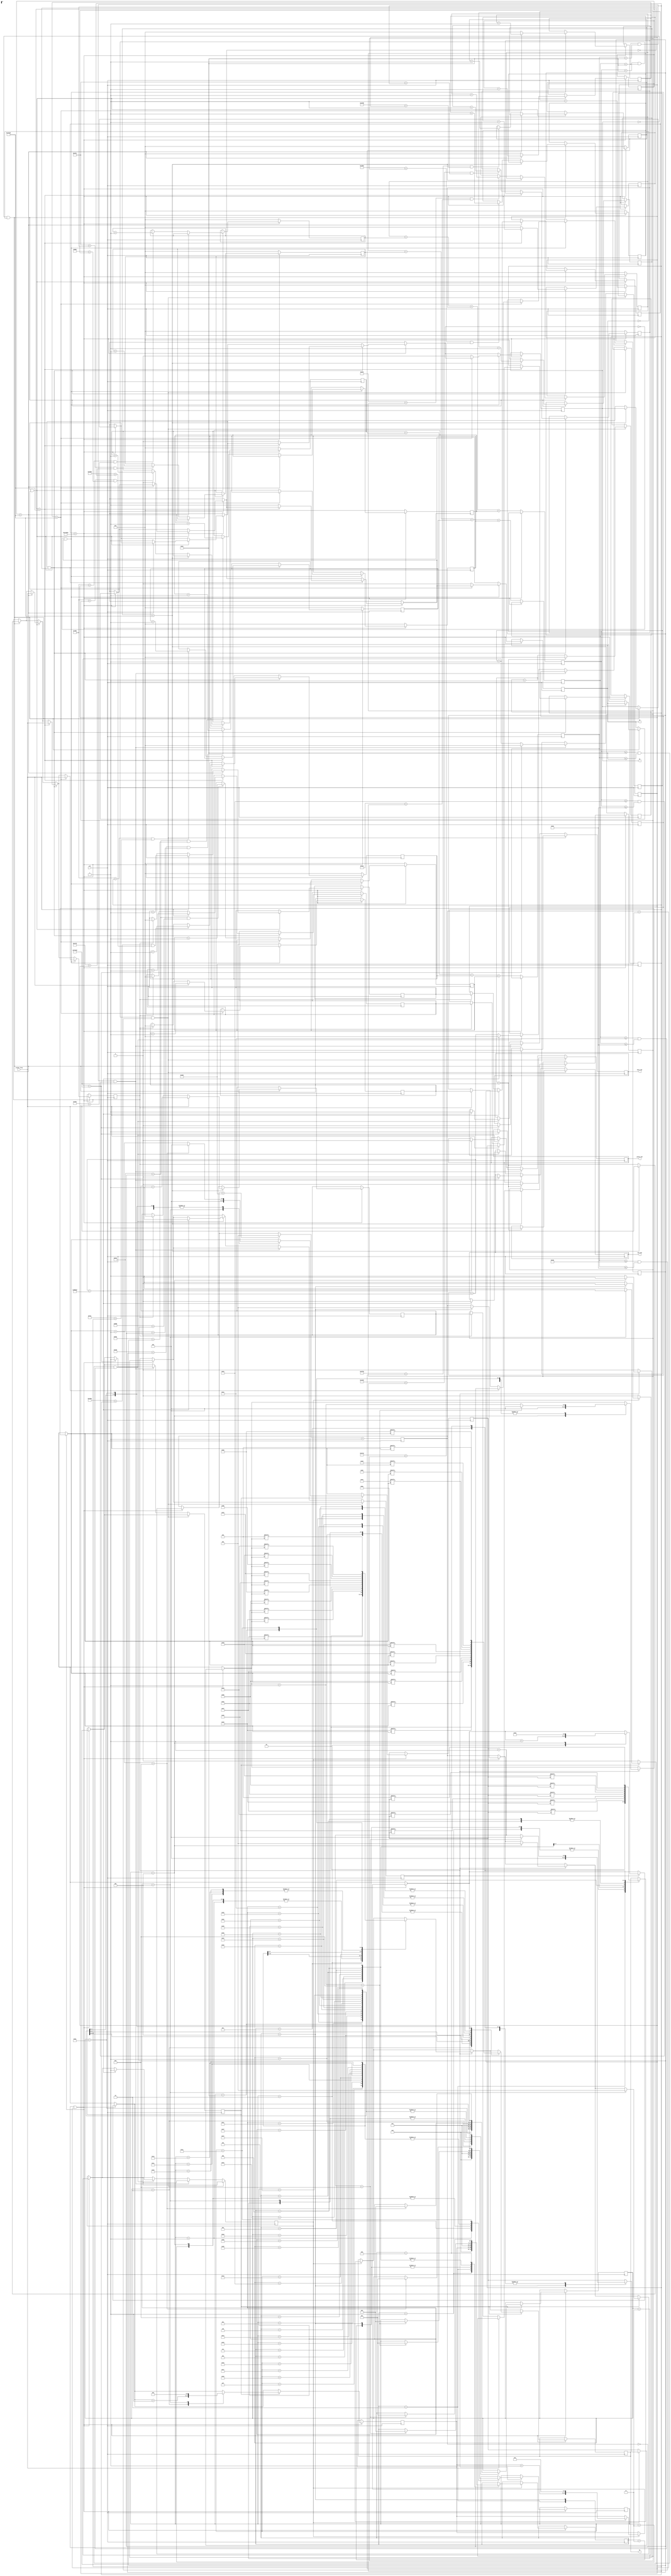
module Line_Follower (

    input clk ,
	 input colour_freq,
	output red_led,
	output blue_led,
	output s2,
	output s3,
	output green_led ,
    output TX  

) ;


reg Tx = 0 ;
assign TX = Tx ;

reg temp_col_freq;
reg [50:0] act_freq_cnt1 = 0;
reg [50:0] cnt_freq_str1 = 0;
reg [50:0] act_freq_cnt2 = 0;
reg [50:0] cnt_freq_str2 = 0;
reg [50:0] act_freq_cnt3 = 0;
reg [50:0] cnt_freq_str3 = 0;
reg [50:0] act_freq_cnt4 = 0;
reg [50:0] cnt_freq_str4 = 0;

reg [50:0] new_act_freq_cnt1 = 0;
reg [50:0] new_act_freq_cnt2 = 0;
reg [50:0] new_act_freq_cnt3 = 0;
reg [50:0] new_act_freq_cnt4 = 0;

reg [50:0] sum = 0;
reg [50:0] avg = 0;
reg s2f = 0;
reg s3f = 0;
assign s2 = s2f;
assign s3 = s3f;
reg rled=0;
reg gled=0;
reg bled=0;
assign red_led = rled;
assign green_led =gled;
assign blue_led = bled;
reg [50:0] COUNT_RED = 0;
reg [50:0] COUNT_GREEN = 0;
reg [50:0] COUNT_BLUE = 0;

reg [50:0] count_1 = 0;
reg [50:0] count_2 = 0;
reg [50:0] count_3 = 0;
reg [50:0] count_4 = 0;
reg [50:0] final_val1 = 0;
reg [50:0] final_val2= 0;
reg [50:0] final_val3= 0;
reg [50:0] final_val4= 0;
reg [50:0] check_counter1r= 0;
reg [50:0] check_counter2r= 0;
reg [50:0] check_counter3r= 0;
reg [50:0] check_counter4r= 0;
reg [50:0] check_counter1g= 0;
reg [50:0] check_counter2g= 0;
reg [50:0] check_counter3g= 0;
reg [50:0] check_counter4g= 0;
reg [50:0] check_counter1b= 0;
reg [50:0] check_counter2b= 0;
reg [50:0] check_counter3b= 0;
reg [50:0] check_counter4b= 0;

reg [50:0] red_delay= 0;
reg [50:0] blue_delay= 0;
reg [50:0] green_delay= 0;
reg [50:0] global_count = 0;

localparam 
				idle            =  1,
				start           =  2,
				stop            =  3,
				terminate       =  4,

// Identification 

				G_letter1        =  5,
            B_letter1        =  6,
				I_letter1        =  7,
				Number_2_letter1 =  8,
				Dash_letter_11   =  9,
            W_letter1        =  10,				
				Dash_letter_21   =  11,
				Hash_letter1      =  12,
            Null_letter1      =  13,

// Pick  Message 

            G_letter2        =  14,
            B_letter2        =  15,
				Number_2_letter2 =  16,
				Dash_letter_12   =  17,
            W_letter2        =  18,				
				Dash_letter_22   =  19,
            P_letter         =  20,
            I_letter2         =  21,
			   C_letter         =  22,
            K_letter         =  23,
				Dash_letter_32   =  24,
				Hash_letter2      =  25,
				Null_letter2      =  26,

// Dump  Message 

            G_letter3        =  27,
            B_letter3        =  28,
				Number_2_letter3 =  29,
				Dash_letter_13   =  30,
            W_letter3        =  31,				
				Dash_letter_23   =  32,
            G_letter4        =  33,
            D_letter1         =  34,
			   Z_letter         =  35,
            C_letter2        =  36,
				Dash_letter_33   =  37,
            D_letter2         =  38,
            U_letter         =  39,
			   M_letter         =  40,
            P_letter2        =  41,
            Null_letter3      =  42;
				

reg [10:0]counter     = 0    ; 				

reg [8:0] cs_uart     = idle ;
reg [8:0] cf_uart     = idle ;
reg [8:0] ct_uart     = idle ;

reg [8:0]data        = 5    ;
reg [8:0]bit_counter = 0    ;


reg [7:0]g_letter       = 8'b01000111 ;  // 103 ----> G +
reg [7:0]b_letter       = 8'b01000010 ;  // 98        B +   
reg [7:0]i_letter       = 8'b01001001 ;  // 105       I + 
reg [7:0]letter_2       = 8'b00110010 ;  // 50        2
reg [7:0]dash_letter    = 8'b00101101 ;  // 45        -
reg [7:0]w_letter       = 8'b01011000 ;  // 119       W
reg [7:0]hash_letter    = 8'b00100011 ;  // 35        #
reg [7:0]p_letter       = 8'b01010000 ;  // 112       P
reg [7:0]c_letter       = 8'b01000011 ;  // 99        C
reg [7:0]k_letter       = 8'b01001011 ;  // 107       K
reg [7:0]d_letter       = 8'b01000100 ;  // 100       D
reg [7:0]z_letter       = 8'b01011010 ;  // 122       Z
reg [7:0]u_letter       = 8'b01010101 ;  // 117       U
reg [7:0]m_letter       = 8'b01001101 ;  // 109       M
reg [7:0]null_letter    = 8'b00000000 ;  // 00        NULL 


reg flag_identification = 1 ;
reg flag_pickup = 0 ;
reg flag_dump = 0 ;

always @ ( posedge clk )
begin

if (counter == 0 || counter == 9'b110110010 )
    begin 

if (flag_identification == 1)

begin 
    case (cs_uart)

    			idle :
    					begin 
    					Tx = 1 ;
    					cs_uart = start ;
    					end 
    
    			start : 
    					 begin 
    					 Tx = 0 ;
    					 cs_uart = data ;
    					 data = data + 1 ;
    					 end 
    
    			stop :
    					 begin 
    					 Tx = 1 ;
    					 cs_uart = idle ;
    					 end 
    
    			terminate :
    						begin 
    						Tx = 1 ;
    						counter = 9'b00 ; 	
    						cs_uart = idle ;	
    						data = 14 ;
    						bit_counter = 4'b00 ;
							flag_identification = 0 ;
//                     flag_pickup = 1 ;
    						end 
    
    			G_letter1 :
    						begin 
    						Tx = g_letter[bit_counter] ;
    						bit_counter = bit_counter + 1 ;
    						if (bit_counter == 4'b1000)
    						begin 
    						bit_counter = 0 ;
    						cs_uart = stop  ;
    						end 
    						end 

                B_letter1 :
    						begin 
    						Tx = b_letter[bit_counter] ;
    						bit_counter = bit_counter + 1 ;
    						if (bit_counter == 4'b1000)
    						begin 
    						bit_counter = 0 ;
    						cs_uart = stop  ;
    						end 
    						end 

                I_letter1 :
    						begin 
    						Tx = i_letter[bit_counter] ;
    						bit_counter = bit_counter + 1 ;
    						if (bit_counter == 4'b1000)
    						begin 
    						bit_counter = 0 ;
    						cs_uart = stop  ;
    						end 
    						end 

                Number_2_letter1 :
    						begin 
    						Tx = letter_2[bit_counter] ;
    						bit_counter = bit_counter + 1 ;
    						if (bit_counter == 4'b1000)
    						begin 
    						bit_counter = 0 ;
    						cs_uart = stop  ;
    						end 
    						end 

                Dash_letter_11 :
    						begin 
    						Tx = dash_letter[bit_counter] ;
    						bit_counter = bit_counter + 1 ;
    						if (bit_counter == 4'b1000)
    						begin 
    						bit_counter = 0 ;
    						cs_uart = stop  ;
    						end 
    						end 

                W_letter1 :
    						begin 
    						Tx = w_letter[bit_counter] ;
    						bit_counter = bit_counter + 1 ;
    						if (bit_counter == 4'b1000)
    						begin 
    						bit_counter = 0 ;
    						cs_uart = stop  ;
    						end 
    						end 

                Dash_letter_21 :
    						begin 
    						Tx = dash_letter[bit_counter] ;
    						bit_counter = bit_counter + 1 ;
    						if (bit_counter == 4'b1000)
    						begin 
    						bit_counter = 0 ;
    						cs_uart = stop  ;
    						end 
    						end 

                Hash_letter1 :
    						begin 
    						Tx = hash_letter[bit_counter] ;
    						bit_counter = bit_counter + 1 ;
    						if (bit_counter == 4'b1000)
    						begin 
    						bit_counter = 0 ;
    						cs_uart = stop  ;
    						end 
    						end 


                Null_letter1 :
    						begin 
    						Tx = null_letter[bit_counter] ;
    						bit_counter = bit_counter + 1 ;
    						if (bit_counter == 4'b1000)
    						begin 
    						bit_counter = 0 ;
    						cs_uart = terminate  ;

    						end 
    						end 

    endcase 
end



if (flag_pickup == 1)

begin 
    case (cf_uart)

    			idle :
    					begin 
    					Tx = 1 ;
    					cf_uart = start ;
    					end 
    
    			start : 
    					 begin 
    					 Tx = 0 ;
    					 cf_uart = data ;
    					 data = data + 1 ;
    					 end 
    
    			stop :
    					 begin 
    					 Tx = 1 ;
    					 cf_uart = idle ;
    					 end 
    
    			terminate :
    						begin 
    						Tx = 1 ;
    						counter = 9'b00 ; 	
    						cf_uart = idle ;	
    						data = 27;
    						bit_counter = 4'b00 ;
							flag_pickup = 0 ;
//                     flag_dump = 1 ;
    						end 
    
    			G_letter2 :
    						begin 
    						Tx = g_letter[bit_counter] ;
    						bit_counter = bit_counter + 1 ;
    						if (bit_counter == 4'b1000)
    						begin 
    						bit_counter = 0 ;
    						cf_uart = stop  ;
    						end 
    						end 

                B_letter2 :
    						begin 
    						Tx = b_letter[bit_counter] ;
    						bit_counter = bit_counter + 1 ;
    						if (bit_counter == 4'b1000)
    						begin 
    						bit_counter = 0 ;
    						cf_uart = stop  ;
    						end 
    						end 


                Number_2_letter2 :
    						begin 
    						Tx = letter_2[bit_counter] ;
    						bit_counter = bit_counter + 1 ;
    						if (bit_counter == 4'b1000)
    						begin 
    						bit_counter = 0 ;
    						cf_uart = stop  ;
    						end 
    						end 

                Dash_letter_12 :
    						begin 
    						Tx = dash_letter[bit_counter] ;
    						bit_counter = bit_counter + 1 ;
    						if (bit_counter == 4'b1000)
    						begin 
    						bit_counter = 0 ;
    						cf_uart = stop  ;
    						end 
    						end 

                W_letter2 :
    						begin 
    						Tx = w_letter[bit_counter] ;
    						bit_counter = bit_counter + 1 ;
    						if (bit_counter == 4'b1000)
    						begin 
    						bit_counter = 0 ;
    						cf_uart = stop  ;
    						end 
    						end 

                Dash_letter_22 :
    						begin 
    						Tx = dash_letter[bit_counter] ;
    						bit_counter = bit_counter + 1 ;
    						if (bit_counter == 4'b1000)
    						begin 
    						bit_counter = 0 ;
    						cf_uart = stop  ;
    						end 
    						end 

                P_letter :
    						begin 
    						Tx = p_letter[bit_counter] ;
    						bit_counter = bit_counter + 1 ;
    						if (bit_counter == 4'b1000)
    						begin 
    						bit_counter = 0 ;
    						cf_uart = stop  ;
    						end 
    						end 



                I_letter2 :
    						begin 
    						Tx = i_letter[bit_counter] ;
    						bit_counter = bit_counter + 1 ;
    						if (bit_counter == 4'b1000)
    						begin 
    						bit_counter = 0 ;
    						cf_uart = stop  ;
    						end 
    						end 


                    
                C_letter :
    						begin 
    						Tx = c_letter[bit_counter] ;
    						bit_counter = bit_counter + 1 ;
    						if (bit_counter == 4'b1000)
    						begin 
    						bit_counter = 0 ;
    						cf_uart = stop  ;
    						end 
    						end 




                K_letter :
    						begin 
    						Tx = k_letter[bit_counter] ;
    						bit_counter = bit_counter + 1 ;
    						if (bit_counter == 4'b1000)
    						begin 
    						bit_counter = 0 ;
    						cf_uart = stop  ;
    						end 
    						end 




                Dash_letter_32 :
    						begin 
    						Tx = dash_letter[bit_counter] ;
    						bit_counter = bit_counter + 1 ;
    						if (bit_counter == 4'b1000)
    						begin 
    						bit_counter = 0 ;
    						cf_uart = stop  ;
    						end 
    						end 



                Hash_letter2 :
    						begin 
    						Tx = hash_letter[bit_counter] ;
    						bit_counter = bit_counter + 1 ;
    						if (bit_counter == 4'b1000)
    						begin 
    						bit_counter = 0 ;
    						cf_uart = stop  ;
    						end 
    						end 



                Null_letter2 :
    						begin 
    						Tx = null_letter[bit_counter] ;
    						bit_counter = bit_counter + 1 ;
    						if (bit_counter == 4'b1000)
    						begin 
    						bit_counter = 0 ;
    						cf_uart = terminate  ;

    						end 
    						end 

    endcase 
end



if (flag_dump == 1)
begin 
    case (ct_uart)

    			idle :
    					begin 
    					Tx = 1 ;
    					ct_uart = start ;
    					end 
    
    			start : 
    					 begin 
    					 Tx = 0 ;
    					 ct_uart = data ;
    					 data = data + 1 ;
    					 end 
    
    			stop :
    					 begin 
    					 Tx = 1 ;
    					 ct_uart = idle ;
    					 end 
    
    			terminate :
    						begin 
    						Tx = 1 ;
    						counter = 9'b00 ; 	
    						ct_uart = idle ;	
    						data = 5;
    						bit_counter = 4'b00 ;
							flag_dump = 0 ;
//                     flag_identification = 1 ;
    						end 
    
    			G_letter3 :
    						begin 
    						Tx = g_letter[bit_counter] ;
    						bit_counter = bit_counter + 1 ;
    						if (bit_counter == 4'b1000)
    						begin 
    						bit_counter = 0 ;
    						ct_uart = stop  ;
    						end 
    						end 

                B_letter3 :
    						begin 
    						Tx = b_letter[bit_counter] ;
    						bit_counter = bit_counter + 1 ;
    						if (bit_counter == 4'b1000)
    						begin 
    						bit_counter = 0 ;
    						ct_uart = stop  ;
    						end 
    						end 


                Number_2_letter3 :
    						begin 
    						Tx = letter_2[bit_counter] ;
    						bit_counter = bit_counter + 1 ;
    						if (bit_counter == 4'b1000)
    						begin 
    						bit_counter = 0 ;
    						ct_uart = stop  ;
    						end 
    						end 


                Dash_letter_13 :
    						begin 
    						Tx = dash_letter[bit_counter] ;
    						bit_counter = bit_counter + 1 ;
    						if (bit_counter == 4'b1000)
    						begin 
    						bit_counter = 0 ;
    						ct_uart = stop  ;
    						end 
    						end 

                W_letter3 :
    						begin 
    						Tx = w_letter[bit_counter] ;
    						bit_counter = bit_counter + 1 ;
    						if (bit_counter == 4'b1000)
    						begin 
    						bit_counter = 0 ;
    						ct_uart = stop  ;
    						end 
    						end 

                Dash_letter_23 :
    						begin 
    						Tx = dash_letter[bit_counter] ;
    						bit_counter = bit_counter + 1 ;
    						if (bit_counter == 4'b1000)
    						begin 
    						bit_counter = 0 ;
    						ct_uart = stop  ;
    						end 
    						end 

                G_letter4 :
    						begin 
    						Tx = g_letter[bit_counter] ;
    						bit_counter = bit_counter + 1 ;
    						if (bit_counter == 4'b1000)
    						begin 
    						bit_counter = 0 ;
    						ct_uart = stop  ;
    						end 
    						end 



                D_letter1 :
    						begin 
    						Tx = d_letter[bit_counter] ;
    						bit_counter = bit_counter + 1 ;
    						if (bit_counter == 4'b1000)
    						begin 
    						bit_counter = 0 ;
    						ct_uart = stop  ;
    						end 
    						end 


                    
                Z_letter :
    						begin 
    						Tx = z_letter[bit_counter] ;
    						bit_counter = bit_counter + 1 ;
    						if (bit_counter == 4'b1000)
    						begin 
    						bit_counter = 0 ;
    						ct_uart = stop  ;
    						end 
    						end 




                C_letter2 :
    						begin 
    						Tx = c_letter[bit_counter] ;
    						bit_counter = bit_counter + 1 ;
    						if (bit_counter == 4'b1000)
    						begin 
    						bit_counter = 0 ;
    						ct_uart = stop  ;
    						end 
    						end 




                Dash_letter_33 :
    						begin 
    						Tx = dash_letter[bit_counter] ;
    						bit_counter = bit_counter + 1 ;
    						if (bit_counter == 4'b1000)
    						begin 
    						bit_counter = 0 ;
    						ct_uart = stop  ;
    						end 
    						end 



                D_letter2 :
    						begin 
    						Tx = d_letter[bit_counter] ;
    						bit_counter = bit_counter + 1 ;
    						if (bit_counter == 4'b1000)
    						begin 
    						bit_counter = 0 ;
    						ct_uart = stop  ;
    						end 
    						end 

                
                U_letter :
    						begin 
    						Tx = u_letter[bit_counter] ;
    						bit_counter = bit_counter + 1 ;
    						if (bit_counter == 4'b1000)
    						begin 
    						bit_counter = 0 ;
    						ct_uart = stop  ;
    						end 
    						end 


                M_letter :
    						begin 
    						Tx = m_letter[bit_counter] ;
    						bit_counter = bit_counter + 1 ;
    						if (bit_counter == 4'b1000)
    						begin 
    						bit_counter = 0 ;
    						ct_uart = stop  ;
    						end 
    						end 

                P_letter2 :
    						begin 
    						Tx = p_letter[bit_counter] ;
    						bit_counter = bit_counter + 1 ;
    						if (bit_counter == 4'b1000)
    						begin 
    						bit_counter = 0 ;
    						ct_uart = stop  ;
    						end 
    						end 


                Null_letter3 :
    						begin 
    						Tx = null_letter[bit_counter] ;
    						bit_counter = bit_counter + 1 ;
    						if (bit_counter == 4'b1000)
    						begin 
    						bit_counter = 0 ;
    						ct_uart = terminate  ;

    						end 
    						end 

    endcase 
 end
end

if (counter == 9'b110110010)
begin
	counter = 9'b0 ;
end 
counter = counter + 1 ;

 //& (avg>4600 & avg<5200)
	if (COUNT_GREEN <25  & COUNT_BLUE< 25 & (COUNT_RED>=385  & COUNT_RED <= 64) )
		begin
		red_delay = red_delay+1;
		if (red_delay == 1000000) begin
			red_delay = 0;
			rled = 1;
			gled = 0;
			bled = 0;
		end
		end
		//& (avg>3100 & avg<3500)
		else if (COUNT_BLUE < 25  &  COUNT_RED < 25 & (COUNT_GREEN>=35  & COUNT_GREEN <= 64))
		begin
		green_delay = green_delay+1;
		if (green_delay == 1000000) begin
			green_delay = 0;
			rled = 0;
			gled = 1;
			bled = 0;
			flag_dump = 1;
		end
		end
	///(avg>5000 & avg<5210)	
		else if (COUNT_GREEN <= 25   & COUNT_RED <= 25 & (COUNT_BLUE>=30 & COUNT_BLUE <= 64))
		begin
		blue_delay = blue_delay+1;
		if (blue_delay == 900000) begin
			blue_delay = 0;
			rled = 0;
    			gled = 0;
    			bled = 1;
				flag_identification = 1;
				flag_pickup = 1;

    		end
    		end

end

always @ (posedge clk )
begin

// starting global count for generating 16 sample values for each filter and checking there occurances wrt to the given range of each colour
if (global_count <5000000 ) begin
	if (s2f ==0 & s3f == 0 ) begin
		if (count_1 < 78125)begin
			temp_col_freq <= colour_freq;
			if (colour_freq)
				cnt_freq_str1 <= cnt_freq_str1 + 1;
			else if (temp_col_freq) begin
				act_freq_cnt1 <= cnt_freq_str1;
				cnt_freq_str1 <= 0;
			end
			count_1 = count_1+1;
		end
		else begin
				count_1 = 0;
				s2f = 1;
				s3f = 1;
				new_act_freq_cnt1 = new_act_freq_cnt1 + act_freq_cnt1;
				final_val1 = new_act_freq_cnt1;
							if (2000 < act_freq_cnt1 &  3000 > act_freq_cnt1)begin
					check_counter1r = check_counter1r+1;end
			if (2800 < act_freq_cnt1 &  4000 > act_freq_cnt1)begin
					check_counter1g = check_counter1g+1;	end
			if (6500 < act_freq_cnt1 &  10000 > act_freq_cnt1)begin
					check_counter1b = check_counter1b+1;	end
			end

	end
	
		if (s2f ==1 & s3f == 1 ) begin
		if (count_2 < 78125)begin
			temp_col_freq <= colour_freq;
			if (colour_freq)
				cnt_freq_str2 <= cnt_freq_str2 + 1;
			else if (temp_col_freq) begin
				act_freq_cnt2 <= cnt_freq_str2;
				cnt_freq_str2 <= 0;
			end
			count_2 = count_2+1;
		end
		else begin
				count_2 = 0;
				s2f = 1;
				s3f = 0;
				new_act_freq_cnt2 = new_act_freq_cnt2 + act_freq_cnt2;
				final_val2 = new_act_freq_cnt2;
				if (8000 < act_freq_cnt2 &  10200 > act_freq_cnt2)begin
					check_counter2r = check_counter2r+1;end
			if (2000 < act_freq_cnt2 & 3200 > act_freq_cnt2)begin
					check_counter2g = check_counter2g+1;	end
			if (5500 < act_freq_cnt2 &  7800 > act_freq_cnt2)begin
					check_counter2b = check_counter2b+1;	end
		end
	end
	
	if (s2f ==1 & s3f == 0 ) begin
		if (count_3 < 78125)begin
			temp_col_freq <= colour_freq;
			if (colour_freq)
				cnt_freq_str3 <= cnt_freq_str3 + 1;
			else if (temp_col_freq) begin
				act_freq_cnt3 <= cnt_freq_str3;
				cnt_freq_str3 <= 0;
			end
			count_3 = count_3+1;
		end
		else begin
				count_3 = 0;
				s2f = 0;
				s3f = 1;
				new_act_freq_cnt3 = new_act_freq_cnt3 + act_freq_cnt3;
				final_val3 = new_act_freq_cnt3;
			if (5800 < act_freq_cnt3 &  7000 > act_freq_cnt3)begin
					check_counter3r = check_counter3r+1;end
			if (4500 < act_freq_cnt3 &  5500 > act_freq_cnt3)begin
					check_counter3g = check_counter3g+1;	end
			if (2000 < act_freq_cnt3 &  3900 > act_freq_cnt3)begin
					check_counter3b = check_counter3b+1;	end
			end
	end
	
	if (s2f ==0 & s3f == 1 ) begin
		if (count_4 < 78125)begin
			temp_col_freq <= colour_freq;
			if (colour_freq)
				cnt_freq_str4 <= cnt_freq_str4 + 1;
			else if (temp_col_freq) begin
				act_freq_cnt4 <= cnt_freq_str4;
				cnt_freq_str4 <= 0;

			end
			count_4 = count_4+1;
		end
		else begin
				count_4 = 0;
				s2f = 0;
				s3f = 0;
				new_act_freq_cnt4 = new_act_freq_cnt4 + act_freq_cnt4;
				final_val4 = new_act_freq_cnt4;
			if (1300 < act_freq_cnt4 &  2200 > act_freq_cnt4)begin
					check_counter4r = check_counter4r+1;end
			if (1300 < act_freq_cnt4 &  1500 > act_freq_cnt4)begin
					check_counter4g = check_counter4g+1;	end
			if (800 < act_freq_cnt4 &  1300 > act_freq_cnt4)begin
					check_counter4b = check_counter4b+1;	end
			end
	end
	global_count = global_count +1 ;
end
else begin
sum = (final_val1 >> 4)+(final_val2 >> 4)+(final_val3 >> 4)+(final_val4 >> 4);
avg = sum >> 2;
COUNT_RED = check_counter1r+check_counter2r+check_counter3r+check_counter4r;
COUNT_GREEN = check_counter1g+check_counter2g+check_counter3g+check_counter4g;
COUNT_BLUE = check_counter1b+check_counter2b+check_counter3b+check_counter4b;

global_count = 0 ;
new_act_freq_cnt1 = 0;
new_act_freq_cnt2= 0;
new_act_freq_cnt3= 0;
new_act_freq_cnt4= 0;
check_counter1b = 0;
check_counter2b = 0;
check_counter3b = 0;
check_counter4b = 0;
check_counter1r = 0;
check_counter2r = 0;
check_counter3r = 0;
check_counter4r = 0;
check_counter1g = 0;
check_counter2g = 0;
check_counter3g = 0;
check_counter4g = 0;

end
end


endmodule